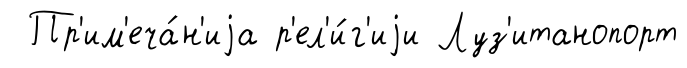
Пр'им'еча́н'иjа р'ел'и́г'иjи Луз'итанопорт